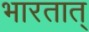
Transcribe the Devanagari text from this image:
भारतात्